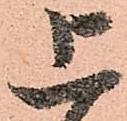
上